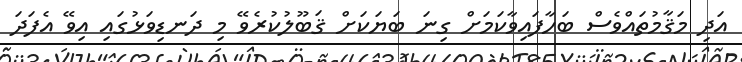
އަދި މަޤާމުތައްވެސް ބަހާފައިވާކަމަށް ގިނަ ބަޔަކަށް ޤަބޫލުކުރެވޭ މި ދަނޑިވަޅުގައި އިވޭ އެފަދަ